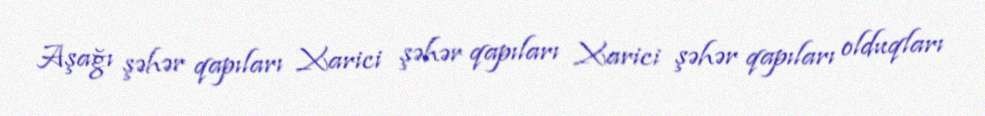
Aşağı şəhər qapıları Xarici şəhər qapıları Xarici şəhər qapıları olduqları